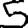
Digit: 5